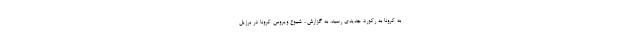
به کرونا به رکورد جدیدی رسید. به گزارش ، شیوع ویروس کرونا در برزیل